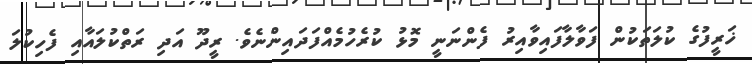
ޚަރީފުގެ ކުލަތަކުން ފަވާލާފައިވާއިރު ފެންނަނީ މޮޅު ކުރެހުމެއްފަދައިންނެވެ. ރީދޫ އަދި ރަތްކުލައާއި ފެހިކުލަ